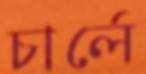
চার্লে